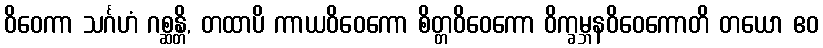
ဝိဝေကာ သင်္ဂဟံ ဂစ္ဆန္တိ, တထာပိ ကာယဝိဝေကော စိတ္တဝိဝေကော ဝိက္ခမ္ဘနဝိဝေကောတိ တယော ဧဝ